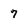
Character: 7